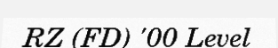
RZ (FD) '00 Level